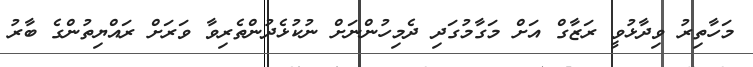
މަހާތިރު ވިދާޅުވީ ރަޒާގް އަށް މަގާމުގަދި ދެމިހުންނަށް ނުކުޅެދުންތެރިވާ ވަރަށް ރައްޔިތުންގެ ބާރު